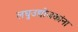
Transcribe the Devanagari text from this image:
लघुउद्योजकांना